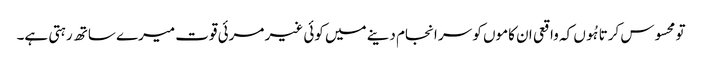
تو محسوس کرتا ہُوں کہ واقعی ان کاموں کو سر انجام دینے میں کوئی غیر مرئی قوت میرے ساتھ رہتی ہے۔